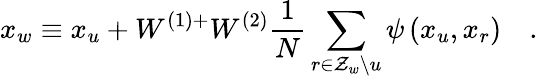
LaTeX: x_{w}\equiv x_{u}+W^{(1)+}W^{(2)}\frac{1}{N}\sum_{r\in\mathcal{Z}_{w}\backslash u}\psi\left(x_{u},x_{r}\right)\quad.